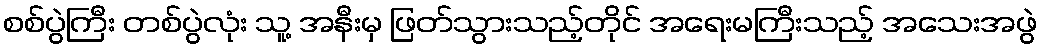
စစ်ပွဲကြီး တစ်ပွဲလုံး သူ့ အနီးမှ ဖြတ်သွားသည့်တိုင် အရေးမကြီးသည့် အသေးအဖွဲ